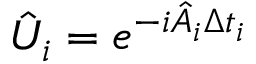
\begin{array} { r } { \hat { U } _ { i } = e ^ { - i \hat { A } _ { i } \Delta t _ { i } } } \end{array}